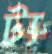
ট্য